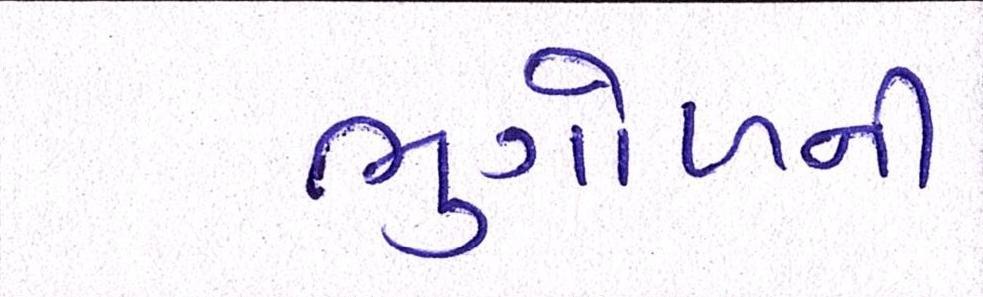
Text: ભુગોળની